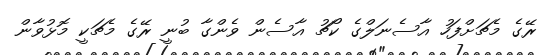
ރޭގެ މެޗަށްފަހު އާސެނަލްގެ ކޯޗު އާސެން ވެންގާ ބުނީ ރޭގެ މެޗަކީ މޮޅުވާން